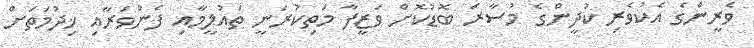
ވެރީންގެ އެކުވެރި ކުދީންގެ މުސާރަ ބޮޑުކޮށް ވަޒީފާ މަތިކުރަނީ ތައުލީމާއި ފެންވަރާއި ޚިދުމަތަށް